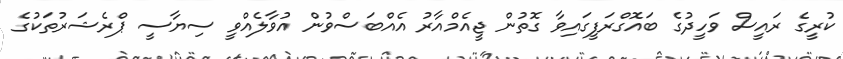
ކުރީގެ ރަައީސް ވަހީދުގެ ބައޮގްރަފީގައިވާ ގޮތުން ޖީއެމްއާރު އެއްބަސްވުން އުވާލެއްވީ ސިޔާސީ ޕްރެޝަރުތަކުގެ